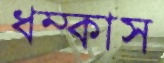
ধম্‌কাস